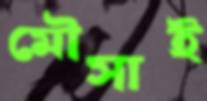
মৌসাই